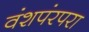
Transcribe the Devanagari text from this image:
वंशपंरपरा